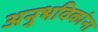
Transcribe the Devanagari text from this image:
अनुभविकांना